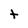
Character: t